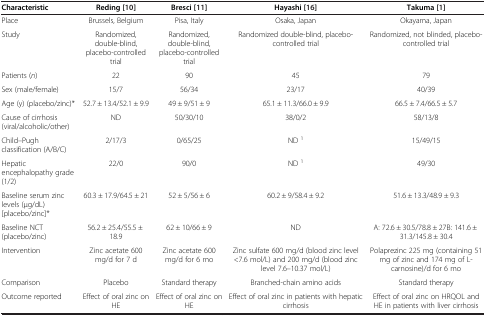
<table><thead><tr><td><b>Characteristic</b></td><td><b>Reding[10]</b></td><td><b>Bresci[11]</b></td><td><b>Hayashi[16]</b></td><td><b>Takuma[1]</b></td></tr></thead><tbody><tr><td>Place</td><td>Brussels, Belgium</td><td>Pisa, Italy</td><td>Osaka, Japan</td><td>Okayama, Japan</td></tr><tr><td>Study</td><td>Randomized, double-blind, placebo-controlled trial</td><td>Randomized, double-blind, placebo-controlled trial</td><td>Randomized double-blind, placebo-controlled trial</td><td>Randomized, not blinded, placebo-controlled trial</td></tr><tr><td>Patients (<i>n</i>)</td><td>22</td><td>90</td><td>45</td><td>79</td></tr><tr><td>Sex (male/female)</td><td>15/7</td><td>56/34</td><td>23/17</td><td>40/39</td></tr><tr><td>Age (y) (placebo/zinc)*</td><td>52.7 ± 13.4/52.1 ± 9.9</td><td>49 ± 9/51 ± 9</td><td>65.1 ± 11.3/66.0 ± 9.9</td><td>66.5 ± 7.4/66.5 ± 5.7</td></tr><tr><td>Cause of cirrhosis (viral/alcoholic/other)</td><td>ND</td><td>50/30/10</td><td>38/0/2</td><td>58/13/8</td></tr><tr><td>Child–Pugh classification (A/B/C)</td><td>2/17/3</td><td>0/65/25</td><td>ND <sup>1</sup></td><td>15/49/15</td></tr><tr><td>Hepatic encephalopathy grade (1/2)</td><td>22/0</td><td>90/0</td><td>ND <sup>1</sup></td><td>49/30</td></tr><tr><td>Baseline serum zinc levels (μg/dL) [placebo/zinc]*</td><td>60.3 ± 17.9/64.5 ± 21</td><td>52 ± 5/56 ± 6</td><td>60.2 ± 9/58.4 ± 9.2</td><td>51.6 ± 13.3/48.9 ± 9.3</td></tr><tr><td>Baseline NCT (placebo/zinc)</td><td>56.2 ± 25.4/55.5 ± 18.9</td><td>62 ± 10/66 ± 9</td><td>ND</td><td>A: 72.6 ± 30.5/78.8 ± 27B: 141.6 ± 31.3/145.8 ± 30.4</td></tr><tr><td>Intervention</td><td>Zinc acetate 600 mg/d for 7 d</td><td>Zinc acetate 600 mg/d for 6 mo</td><td>Zinc sulfate 600 mg/d (blood zinc level &lt;7.6 mol/L) and 200 mg/d (blood zinc level 7.6–10.37 mol/L)</td><td>Polaprezinc 225 mg (containing 51 mg of zinc and 174 mg of l-carnosine)/d for 6 mo</td></tr><tr><td>Comparison</td><td>Placebo</td><td>Standard therapy</td><td>Branched-chain amino acids</td><td>Standard therapy</td></tr><tr><td>Outcome reported</td><td>Effect of oral zinc on HE</td><td>Effect of oral zinc on HE</td><td>Effect of oral zinc in patients with hepatic cirrhosis</td><td>Effect of oral zinc on HRQOL and HE in patients with liver cirrhosis</td></tr></tbody></table>